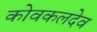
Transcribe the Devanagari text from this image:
कोवकलदेव